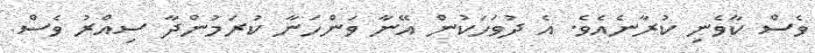
ވެސް ކާވެނި ކުރާނެއެވެ. އެ ދުވަހަކުން އޭނާ ވަންހަނާ ކުރަމުންދާ ސިއްރު ވެސް